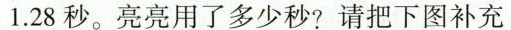
1.28秒。亮亮用了多少秒?请把下图补充